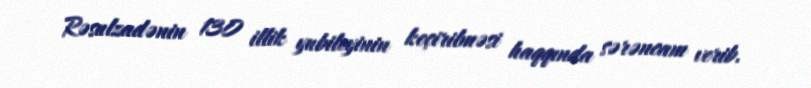
Rəsulzadənin 130 illik yubileyinin keçirilməsi haqqında sərəncam verib.